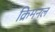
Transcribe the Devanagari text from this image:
क्रिमनल